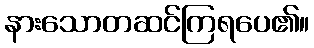
နားသောတဆင်ကြရပေ၏။